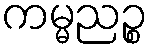
ကမ္မညဉ္စ